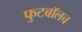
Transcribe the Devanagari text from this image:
फुटबाॅलच